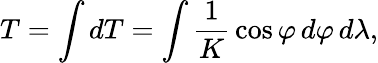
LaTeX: T=\int dT=\int{\frac{1}{K}}\cos\varphi\, d\varphi\, d\lambda,